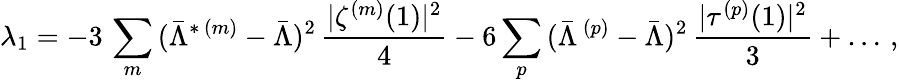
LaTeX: \lambda_{1}=-3\, \sum_{m}\, (\bar{\Lambda}^{*\, (m)}-\bar{\Lambda})^{2}\, {\frac{|\zeta^{(m)}(1)|^{2}}{4}}-6\sum_{p}\, (\bar{\Lambda}^{\, (p)}-\bar{\Lambda})^{2}\, {\frac{|\tau^{(p)}(1)|^{2}}{3}}+\ldots\, ,